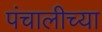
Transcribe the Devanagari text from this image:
पंचालीच्या